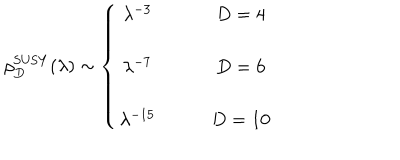
LaTeX: \rho _ { D } ^ { \mathrm { S U S Y } } ( \lambda ) \sim \left\{ \begin{array} { c c } { { \lambda ^ { - 3 } } } & { { \qquad D = 4 } } \\ { { } } & { { } } \\ { { \lambda ^ { - 7 } } } & { { \qquad D = 6 } } \\ { { } } & { { } } \\ { { \lambda ^ { - 1 5 } } } & { { \qquad D = 1 0 } } \\ \end{array} \right.